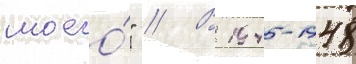
моего́" // В 1945-1948